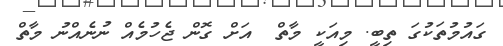
ގައުމުތަކުގަ ތިބީ. މިއަކީ މާތް  އަށް ގޮން ޖެހުމެއް ނުނެއްނު މާތް